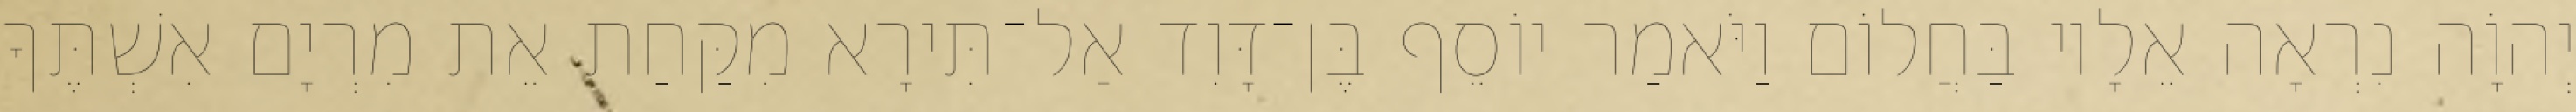
יְהוָֹה נִרְאָה אֵלָיו בַּחֲלוֹם וַיֹּאמַר יוֹסֵף בֶּן־דָּוִד אַל־תִּירָא מִקַּחַת אֵת מִרְיָם אִשְׁתֶּךָ